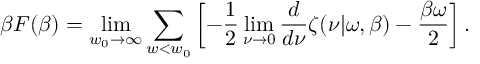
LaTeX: \beta F ( \beta ) = \operatorname * { l i m } _ { w _ { 0 } \rightarrow \infty } \sum _ { w < w _ { 0 } } \left[ - \frac 1 2 \operatorname * { l i m } _ { \nu \rightarrow 0 } { \frac { d } { d \nu } } \zeta ( \nu | \omega , \beta ) - { \frac { \beta \omega } { 2 } } \right] .